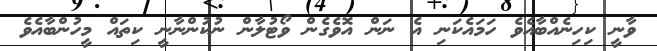
ވާނީ ކިހިނެއްބާއެވެ ހަމައެކަނި އެ ނަން އޮވެގެން ވޯޓުލާން ނުކުންނާނީ ކިތައް މީހުންބާއެވެ